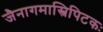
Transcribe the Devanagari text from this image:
जैनागमास्त्रिपिटकः